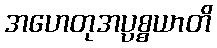
အဟေတုအပ္ပစ္စယာတိ